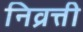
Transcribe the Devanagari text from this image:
निव्रत्ती